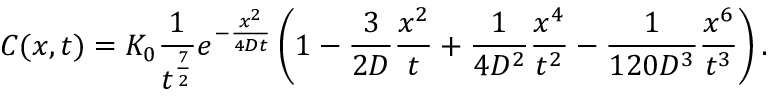
C ( x , t ) = K _ { 0 } \frac { 1 } { t ^ { \frac { 7 } { 2 } } } e ^ { - \frac { x ^ { 2 } } { 4 D t } } \left( 1 - \frac { 3 } { 2 D } \frac { x ^ { 2 } } { t } + \frac { 1 } { 4 D ^ { 2 } } \frac { x ^ { 4 } } { t ^ { 2 } } - \frac { 1 } { 1 2 0 D ^ { 3 } } \frac { x ^ { 6 } } { t ^ { 3 } } \right) .